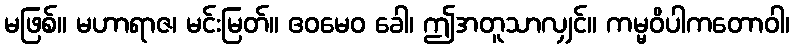
မဖြစ်။ မဟာရာဇ၊ မင်းမြတ်။ ဧဝမေဝ ခေါ၊ ဤအတူသာလျှင်။ ကမ္မဝိပါကတောဝါ၊